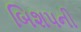
બિશપની